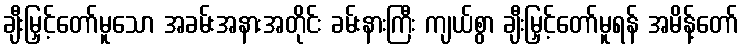
ချီးမြှင့်တော်မူသော အခမ်းအနားအတိုင်း ခမ်းနားကြီး ကျယ်စွာ ချီးမြှင့်တော်မူရန် အမိန့်တော်